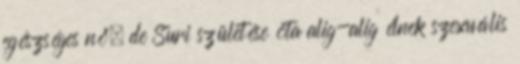
egészséges nő, de Suri születése óta alig-alig élnek szexuális